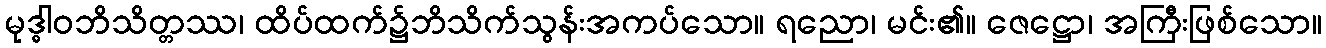
မုဒ္ဓါဝဘိသိတ္တဿ၊ ထိပ်ထက်၌ဘိသိက်သွန်းအကပ်သော။ ရညော၊ မင်း၏။ ဇေဋ္ဌော၊ အကြီးဖြစ်သော။